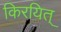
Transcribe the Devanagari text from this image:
किरयित्